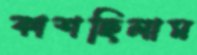
কাশছিলাম